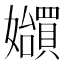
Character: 𪦲